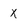
Character: X